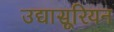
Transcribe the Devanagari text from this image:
उद्यासूरियन